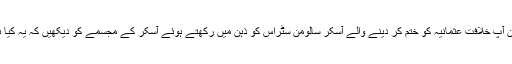
لیکن آپ خلافت عثمانیہ کو ختم کر دینے والے آسکر سالومن سٹراس کو ذہن میں رکھتے ہوئے آسکر کے مجسمے کو دیکھیں کہ یہ کیا ہے۔